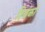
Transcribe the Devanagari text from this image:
टिबको